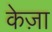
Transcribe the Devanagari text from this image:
केज़ा